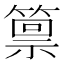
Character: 𫂛